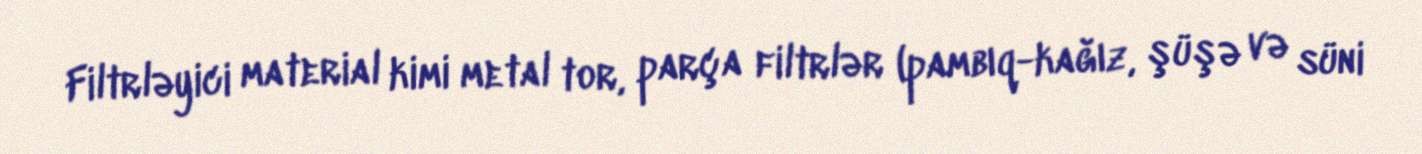
Filtrləyici material kimi metal tor, parça filtrlər (pambıq-kağız, şüşə və süni